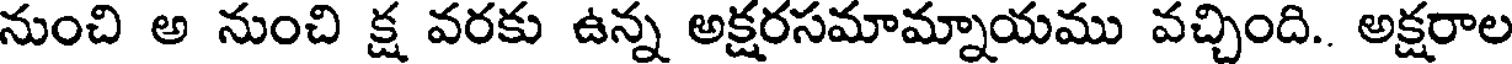
నుంచి అ నుంచి క్ష వరకు ఉన్న అక్షరసమామ్నాయము వచ్చింది.. అక్షరాల